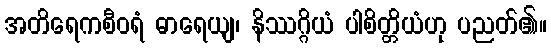
အတိရေကစီဝရံ ဓာရေယျ၊ နိဿဂ္ဂိယံ ပါစိတ္တိယံဟု ပညတ်၏။